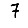
Digit: 7